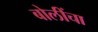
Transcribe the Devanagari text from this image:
बोलींचा